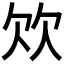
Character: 𣢐